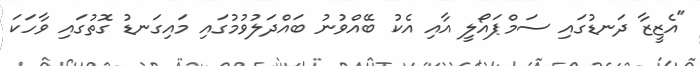
"އެޒީޒާ ދަނޑުގައި ސަމްޕައޯލީ އާއި އެކު ބޭއްވުނު ބައްދަލުވުމުގައި މައިގަނޑު ގޮތުގައި ވާހަކަ